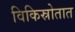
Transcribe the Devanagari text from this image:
विकिस्रोतात